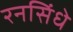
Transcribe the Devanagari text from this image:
रनसिंधे